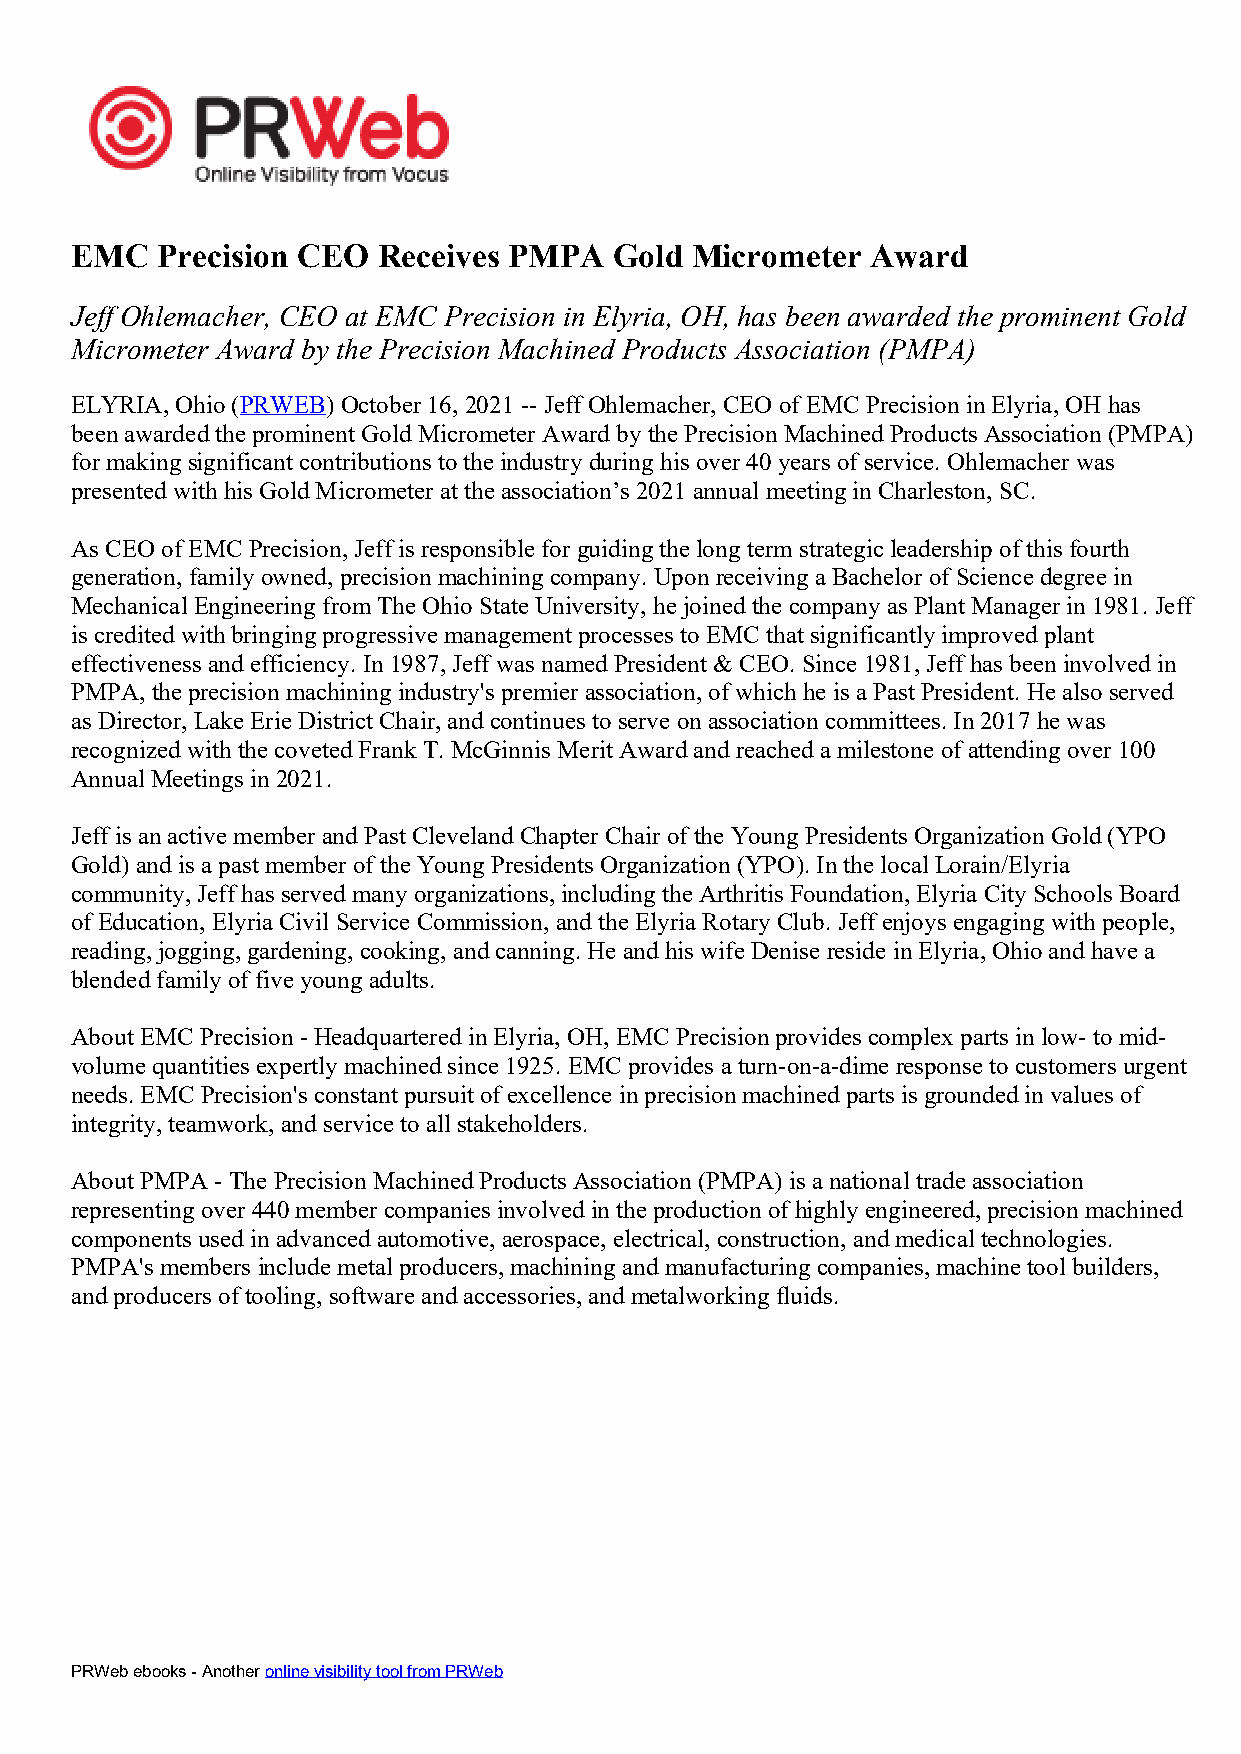
EMC  Precision CEO  Receives PMPA   Gold Micrometer  Award
 Jeff Ohlemacher, CEO at EMC Precision in Elyria, OH, has been awarded the prominent Gold
 Micrometer Award by the Precision Machined Products Association (PMPA)
 ELYRIA, Ohio (PRWEB) October 16,2021-- Jeff Ohlemacher, CEO of EMC Precision in Elyria, OH has
 been awarded the prominent Gold Micrometer Award bythe Precision Machined Products Association (PMPA)
 for making significant contributions to the industry during his over 40years of service. Ohlemacher was
 presented with his Gold Micrometer at the association’s 2021annual meeting in Charleston, SC.
 As CEO of EMC Precision, Jeff is responsible for guiding the long term strategic leadership of this fourth
 generation, family owned, precision machining company. Upon receiving a Bachelor of Science degree in
 Mechanical Engineering from The Ohio State University, he joined the company as Plant Manager in 1981.Jeff
 is credited with bringing progressive management processes to EMC that significantly improved plant
 effectiveness and efficiency. In 1987,Jeff was named President & CEO. Since 1981,Jeff has been involved in
 PMPA, the precision machining industry's premier association, of which he is a Past President. He also served
 as Director, Lake Erie District Chair, and continues to serve onassociation committees. In 2017he was
 recognized with the coveted Frank T. McGinnis Merit Award and reached a milestone of attending over 100
 Annual Meetings in 2021.
 Jeff is an active member and Past Cleveland Chapter Chair of the Young Presidents Organization Gold (YPO
 Gold) and is a past member of the Young Presidents Organization (YPO). In the local Lorain/Elyria
 community, Jeff has served many organizations, including the Arthritis Foundation, Elyria City Schools Board
 of Education, Elyria Civil Service Commission, and the Elyria Rotary Club. Jeff enjoys engaging with people,
 reading, jogging, gardening, cooking, and canning. He and his wife Denise reside in Elyria, Ohio and have a
 blended family of five youngadults.
 About EMC Precision - Headquartered in Elyria, OH, EMC Precision provides complex parts in low- to mid-
 volume quantities expertly machined since 1925.EMC provides a turn-on-a-dime response to customers urgent
 needs. EMC Precision's constant pursuit of excellence in precision machined parts is grounded in values of
 integrity, teamwork, and service to all stakeholders.
 About PMPA - The Precision Machined Products Association (PMPA) is a national trade association
 representing over 440member companies involved in the production of highly engineered, precision machined
 components used in advanced automotive, aerospace, electrical, construction, and medical technologies.
 PMPA's members include metal producers, machining and manufacturing companies, machine tool builders,
 and producers of tooling, software and accessories, and metalworking fluids.
 PRWebebooks-AnotheronlinevisibilitytoolfromPRWeb